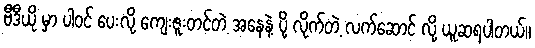
ဗီဒီယို မှာ ပါဝင် ပေးလို့ ကျေးဇူးတင်တဲ့ အနေနဲ့ ပို့ လိုက်တဲ့ လက်ဆောင် လို့ ယူဆရပါတယ်။